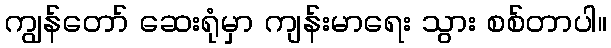
ကျွန်တော် ဆေးရုံမှာ ကျန်းမာရေး သွား စစ်တာပါ။